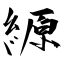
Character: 縓